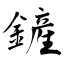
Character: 鏟